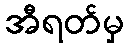
အီရတ်မှ